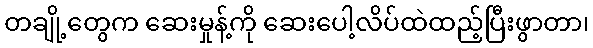
တချို့တွေက ဆေးမှုန့်ကို ဆေးပေါ့လိပ်ထဲထည့်ပြီးဖွာတာ၊